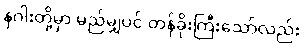
နဂါးတို့မှာ မည်မျှပင် တန်ခိုးကြီးသော်လည်း